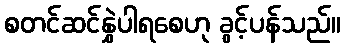
စတင်ဆင်နွှဲပါရစေဟု ခွင့်ပန်သည်။